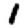
Digit: 1